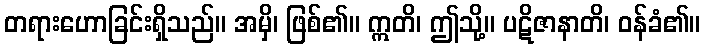
တရားဟောခြင်းရှိသည်။ အမှိ၊ ဖြစ်၏။ ဣတိ၊ ဤသို့။ ပဋိဇာနာတိ၊ ဝန်ခံ၏။